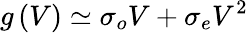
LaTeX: g\left(V\right)\simeq\sigma_{o}V+\sigma_{e}V^{2}